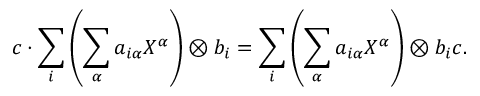
c \cdot \sum _ { i } \left( \sum _ { \alpha } a _ { i \alpha } X ^ { \alpha } \right) \otimes b _ { i } = \sum _ { i } \left( \sum _ { \alpha } a _ { i \alpha } X ^ { \alpha } \right) \otimes b _ { i } c .